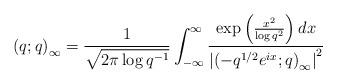
LaTeX: \begin{align*}\left(q;q\right)_{\infty}=\frac{1}{\sqrt{2\pi\log q^{-1}}}\int_{-\infty}^{\infty}\frac{\exp\left(\frac{x^{2}}{\log q^{2}}\right)dx}{\left|\left(-q^{1/2}e^{ix};q\right)_{\infty}\right|^{2}}\end{align*}